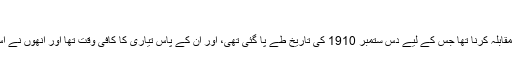
‘
زبیشکو کو اب گاما پہلوان کا مقابلہ کرنا تھا جس کے لیے دس ستمبر 1910 کی تاریخ طے پا گئی تھی، اور ان کے پاس تیاری کا کافی وقت تھا اور انھوں نے اس کی بھرپور تیاری بھی کی۔